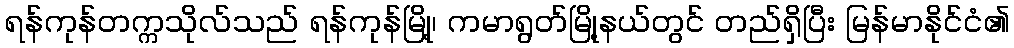
ရန်ကုန်တက္ကသိုလ်သည် ရန်ကုန်မြို့၊ ကမာရွတ်မြို့နယ်တွင် တည်ရှိပြီး မြန်မာနိုင်ငံ၏